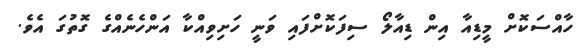
ހާއްސަކޮށް މީޑިއާ އިން ޑިއާލޯ ސިފަކޮށްފައި ވަނީ ހަށިވިއްކާ އަންހެނެއްގެ ގޮތުގަ އެވެ.